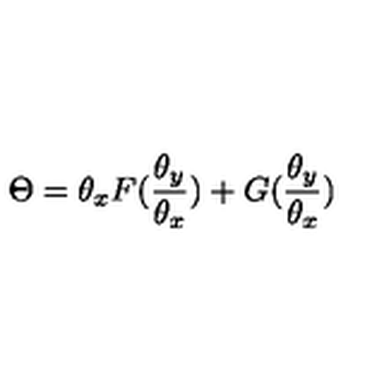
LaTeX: \Theta = \theta _ { x } F ( { \frac { \theta _ { y } } { \theta _ { x } } } ) + G ( { \frac { \theta _ { y } } { \theta _ { x } } } )